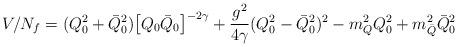
LaTeX: \begin{align*}V/ N_{f}= (Q_{0} ^{2} + \bar Q_{0} ^{2} ) \bigl [ Q_{0} \bar Q_{0} \bigr ] ^{-2\gamma }+ \frac{g^2}{4\gamma} (Q_{0}^{2} - \bar Q_{0}^{2})^{2} - m_{Q}^{2} Q_{0}^{2} + m_{\bar Q}^{2} \bar Q_{0}^{2}\end{align*}